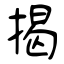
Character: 揭